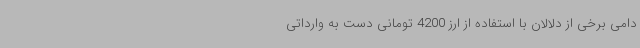
دامی برخی از دلالان با استفاده از ارز 4200 تومانی دست به وارداتی